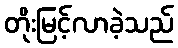
တိုးမြင့်လာခဲ့သည်